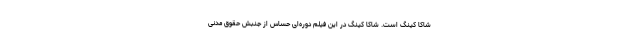
شاکا کینگ است. شاکا کینگ در این فیلم دوره‌ای حساس از جنبش حقوق مدنی